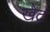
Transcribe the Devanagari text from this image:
खेट